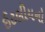
ઈટલીયનો